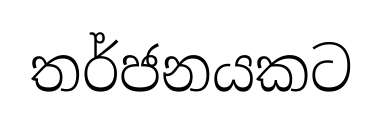
තර්ජනයකට